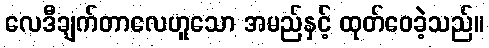
လေဒီချက်တာလေဟူသော အမည်နှင့် ထုတ်ဝေခဲ့သည်။